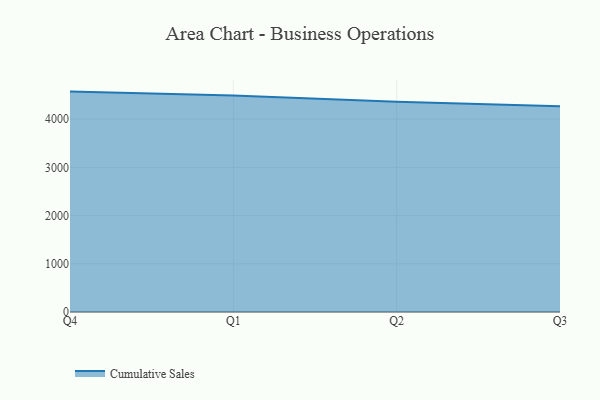
{"axis": {"x": "Quarter", "y": "Market Share (%)"}, "legend": ["Cumulative Sales"], "data": [{"x": "Q4", "y": 4573.2, "type": "Cumulative Sales"}, {"x": "Q1", "y": 4492.4, "type": "Cumulative Sales"}, {"x": "Q2", "y": 4361.1, "type": "Cumulative Sales"}, {"x": "Q3", "y": 4266.7, "type": "Cumulative Sales"}]}